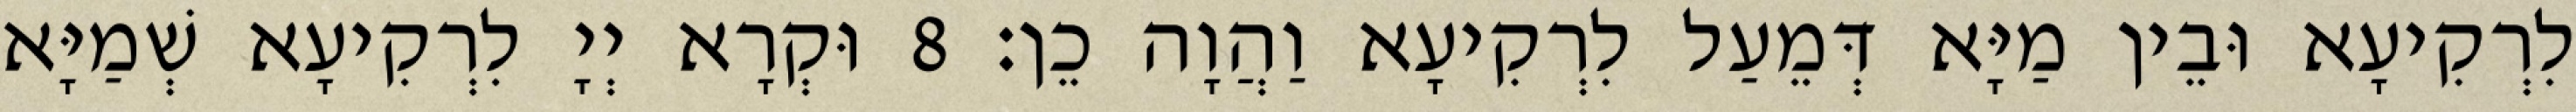
לִרְקִיעָא וּבֵין מַיָּא דְּמֵעַל לִרְקִיעָא וַהֲוָה כֵן׃ 8 וּקְרָא יְיָ לִרְקִיעָא שְׁמַיָּא